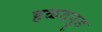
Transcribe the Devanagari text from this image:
हळदपूड